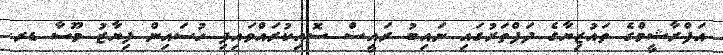
އަފްރާޝީމްގެ ތައުޒިޔާގެ ދަފްތަރުގައި ނައިބު ރައީސް ސޮއިކުރައްވައިފި ހުސައިން ފިޔާޒު މޫސާ ޑރ.